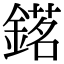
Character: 𨪓